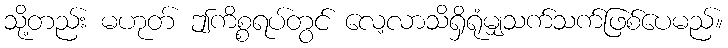
သို့တည်း မဟုတ် ဤကိစ္စရပ်တွင် လေ့လာသိရှိရုံမျှသက်သက်ဖြစ်ပေမည်။